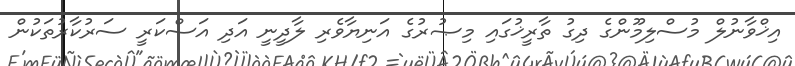
އިޚްވާނުލް މުސްލިމޫންގެ ދިގު ތާރީޚުގައި މިޞުރުގެ އަނިޔާވެރި ލާދީނީ އަދި އަސްކަރީ ސަރުކާރުތަކުން